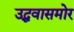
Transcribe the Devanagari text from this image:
उद्धवासमोर